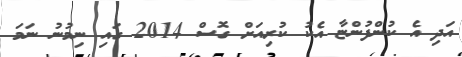
އަދި އެ ކުންފުންޏާ އެކު ކުރިއަށް ގޮސް 2014 ގައި ނިމުނު ނަމަ